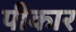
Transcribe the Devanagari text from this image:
पीकार